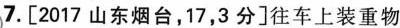
7.[2017山东烟台，17，3分]往车上装重物